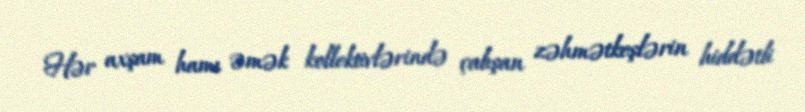
Hər axşam hamı əmək kollektivlərində çalışan zəhmətkeşlərin hiddətli